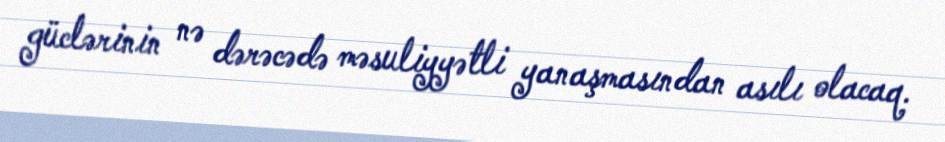
güclərinin nə dərəcədə məsuliyyətli yanaşmasından asılı olacaq.